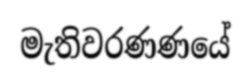
මැතිවරණණයේ